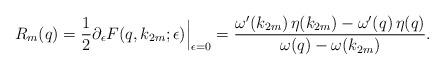
LaTeX: \begin{align*}R_m(q)=\frac{1}{2}{\partial_\epsilon F(q,k_{2m};\epsilon)}\Big|_{\epsilon=0}=\frac{\omega'(k_{2m})\,\eta(k_{2m})-\omega'(q)\,\eta(q)}{\omega(q)-\omega(k_{2m})}.\end{align*}